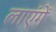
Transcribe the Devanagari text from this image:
लाएंगें